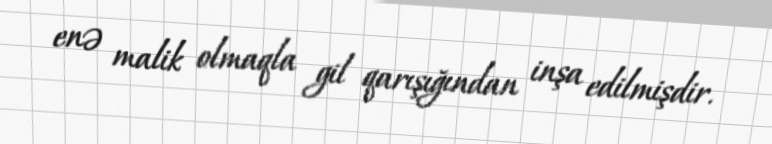
enə malik olmaqla gil qarışığından inşa edilmişdir.